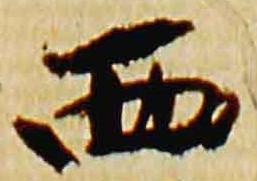
西